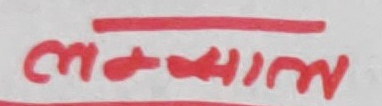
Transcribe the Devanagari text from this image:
The text in the image is handwritten in Devanagari script. Analyzing the strokes and character shapes, the word appears to be "म्याक्षिमल".

Here's the breakdown of the characters:
1.  **म** (ma): The first character is clearly "म".
2.  **्या** (yaa): The second part forms "्या" (ma + ya + aa matra). The loop for "य" and the "ा" matra are visible.
3.  **क्षि** (kshi): This is the most complex and stylized part. It appears to be a highly condensed "क्ष" (ksha) with an "ि" (i) matra. The "ि" matra is clearly visible above this character.
4.  **म** (ma): The character following "क्षि" is clearly "म".
5.  **ल** (la): The final character is "ल".

Combining these, the word spells "म्याक्षिमल" (myakshimal). This could be a transliteration of "maximal" or a similar term, written in a stylized, non-standard manner.

म्याक्षिमल